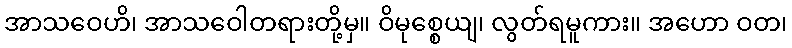
အာသဝေဟိ၊ အာသဝေါတရားတို့မှ။ ဝိမုစ္စေယျ၊ လွတ်ရမူကား။ အဟော ဝတ၊